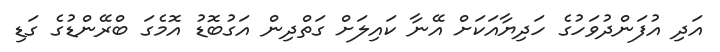
އަދި އުފަންދުވަހުގެ ހަދިޔާއަކަށް އޭނާ ކައިލަށް ގަތްދިން އަގުބޮޑު އޮމެގަ ބްރޭންޑުގެ ގަޑި